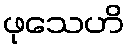
ဖုသေဟိ